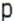
P